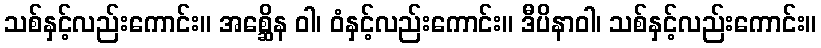
သစ်နှင့်လည်းကောင်း။ အစ္ဆေိန ဝါ၊ ဝံနှင့်လည်းကောင်း။ ဒီပိနာဝါ၊ သစ်နှင့်လည်းကောင်း။